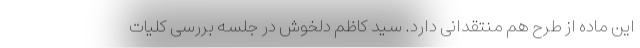
این ماده از طرح هم منتقدانی دارد. سید کاظم دلخوش در جلسه بررسی کلیات